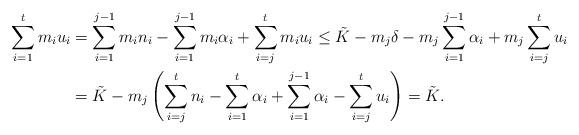
LaTeX: \begin{align*} \sum_{i=1}^t m_i u_i&= \sum_{i=1}^{j-1}m_in_i-\sum_{i=1}^{j-1}m_i\alpha_i+\sum_{i=j}^t m_iu_i \leq\tilde{K}-m_j\delta-m_j\sum_{i=1}^{j-1}\alpha_i+m_j\sum_{i=j}^tu_i\\ &=\tilde{K}-m_j \left(\sum_{i=j}^tn_i-\sum_{i=1}^t \alpha_i+\sum_{i=1}^{j-1}\alpha_i-\sum_{i=j}^tu_i \right)=\tilde{K}.\end{align*}